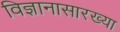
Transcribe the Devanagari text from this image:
विज्ञानासारख्या